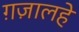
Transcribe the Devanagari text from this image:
ग़ज़ालहे